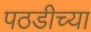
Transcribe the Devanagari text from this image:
पठडीच्या